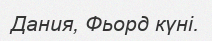
Дания, Фьорд күні.